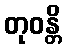
တုဝန္တိ